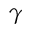
\gamma